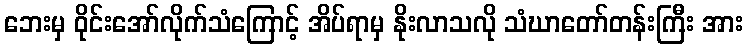
ဘေးမှ ဝိုင်းအော်လိုက်သံကြောင့် အိပ်ရာမှ နိုးလာသလို သံဃာတော်တန်းကြီး အား